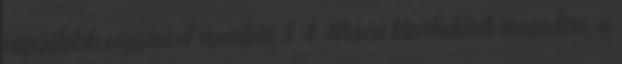
vizsgálatok végzésével szemben 3. 4. Mérési tűréshatárok megadása, a